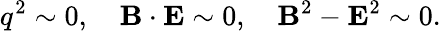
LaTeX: q^{2}\sim 0,\quad{\mathbf B}\cdot{\mathbf E}\sim 0,\quad{\mathbf B}^{2}-{\mathbf E}^{2}\sim 0.